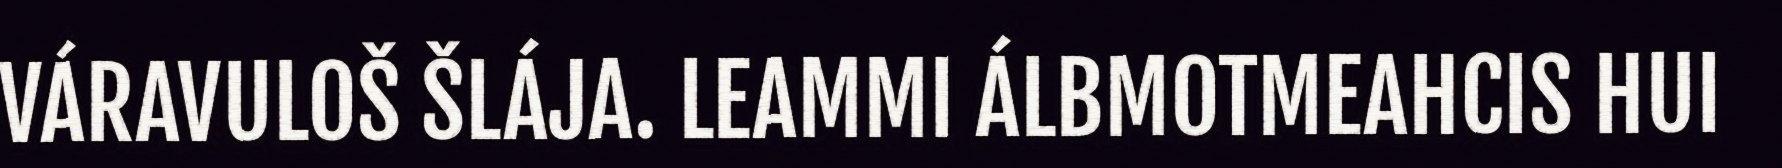
VÁRAVULOŠ ŠLÁJA. LEAMMI ÁLBMOTMEAHCIS HUI